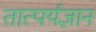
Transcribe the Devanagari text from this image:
तात्पर्यज्ञान